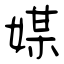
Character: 媒